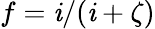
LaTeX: f=\mathit{i}/(\mathit{i}+\zeta)